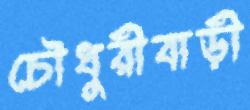
চৌধুরীবাড়ী